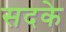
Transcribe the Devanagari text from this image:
सदके